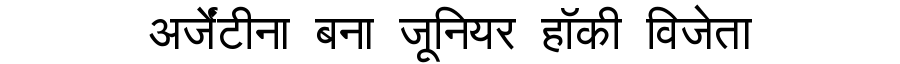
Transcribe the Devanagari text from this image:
अर्जेंटीना बना जूनियर हॉकी विजेता